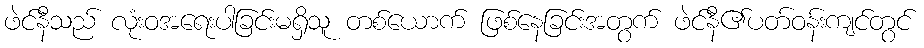
ဖဲင်နီသည် လုံးဝအရေးပါခြင်းမရှိသူ တစ်ယောက် ဖြစ်နေခြင်းအတွက် ဖဲင်နီ၏ပတ်ဝန်းကျင်တွင်